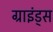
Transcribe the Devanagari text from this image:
ग्राइंड्स